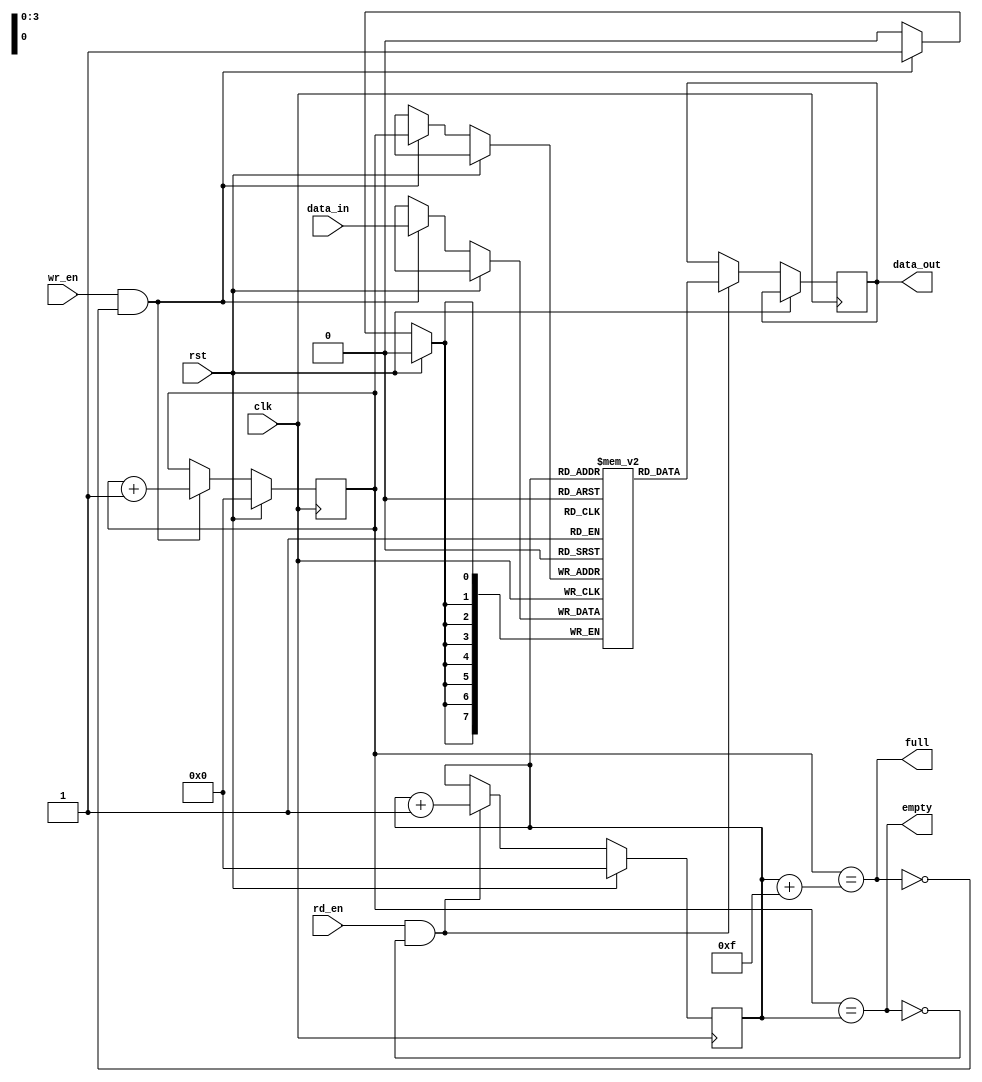
module fifo (
    input wire clk,
    input wire rst,
    input wire wr_en,
    input wire rd_en,
    input wire [7:0] data_in,
    output reg [7:0] data_out,
    output wire full,
    output wire empty
);

reg [7:0] fifo_mem [0:15]; // Assuming 16-entry FIFO
reg [3:0] wr_ptr = 4'b0000;
reg [3:0] rd_ptr = 4'b0000;

always @ (posedge clk) begin
    if (rst) begin
        wr_ptr <= 4'b0000;
        rd_ptr <= 4'b0000;
    end else begin
        if (wr_en && !full) begin
            fifo_mem[wr_ptr] <= data_in;
            wr_ptr <= wr_ptr + 1;
        end
        
        if (rd_en && !empty) begin
            data_out <= fifo_mem[rd_ptr];
            rd_ptr <= rd_ptr + 1;
        end
    end
end

assign full = wr_ptr == rd_ptr + 15;
assign empty = wr_ptr == rd_ptr;

endmodule